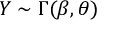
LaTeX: Y \sim \Gamma ( \beta , \theta )